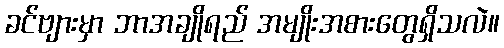
ခင်ဗျားမှာ ဘာအချိုရည် အမျိုးအစားတွေရှိသလဲ။